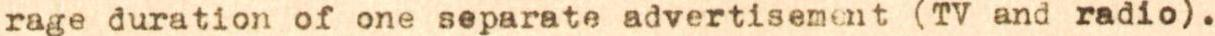
rage duration of one separate advertisemcnt (TV and radio).